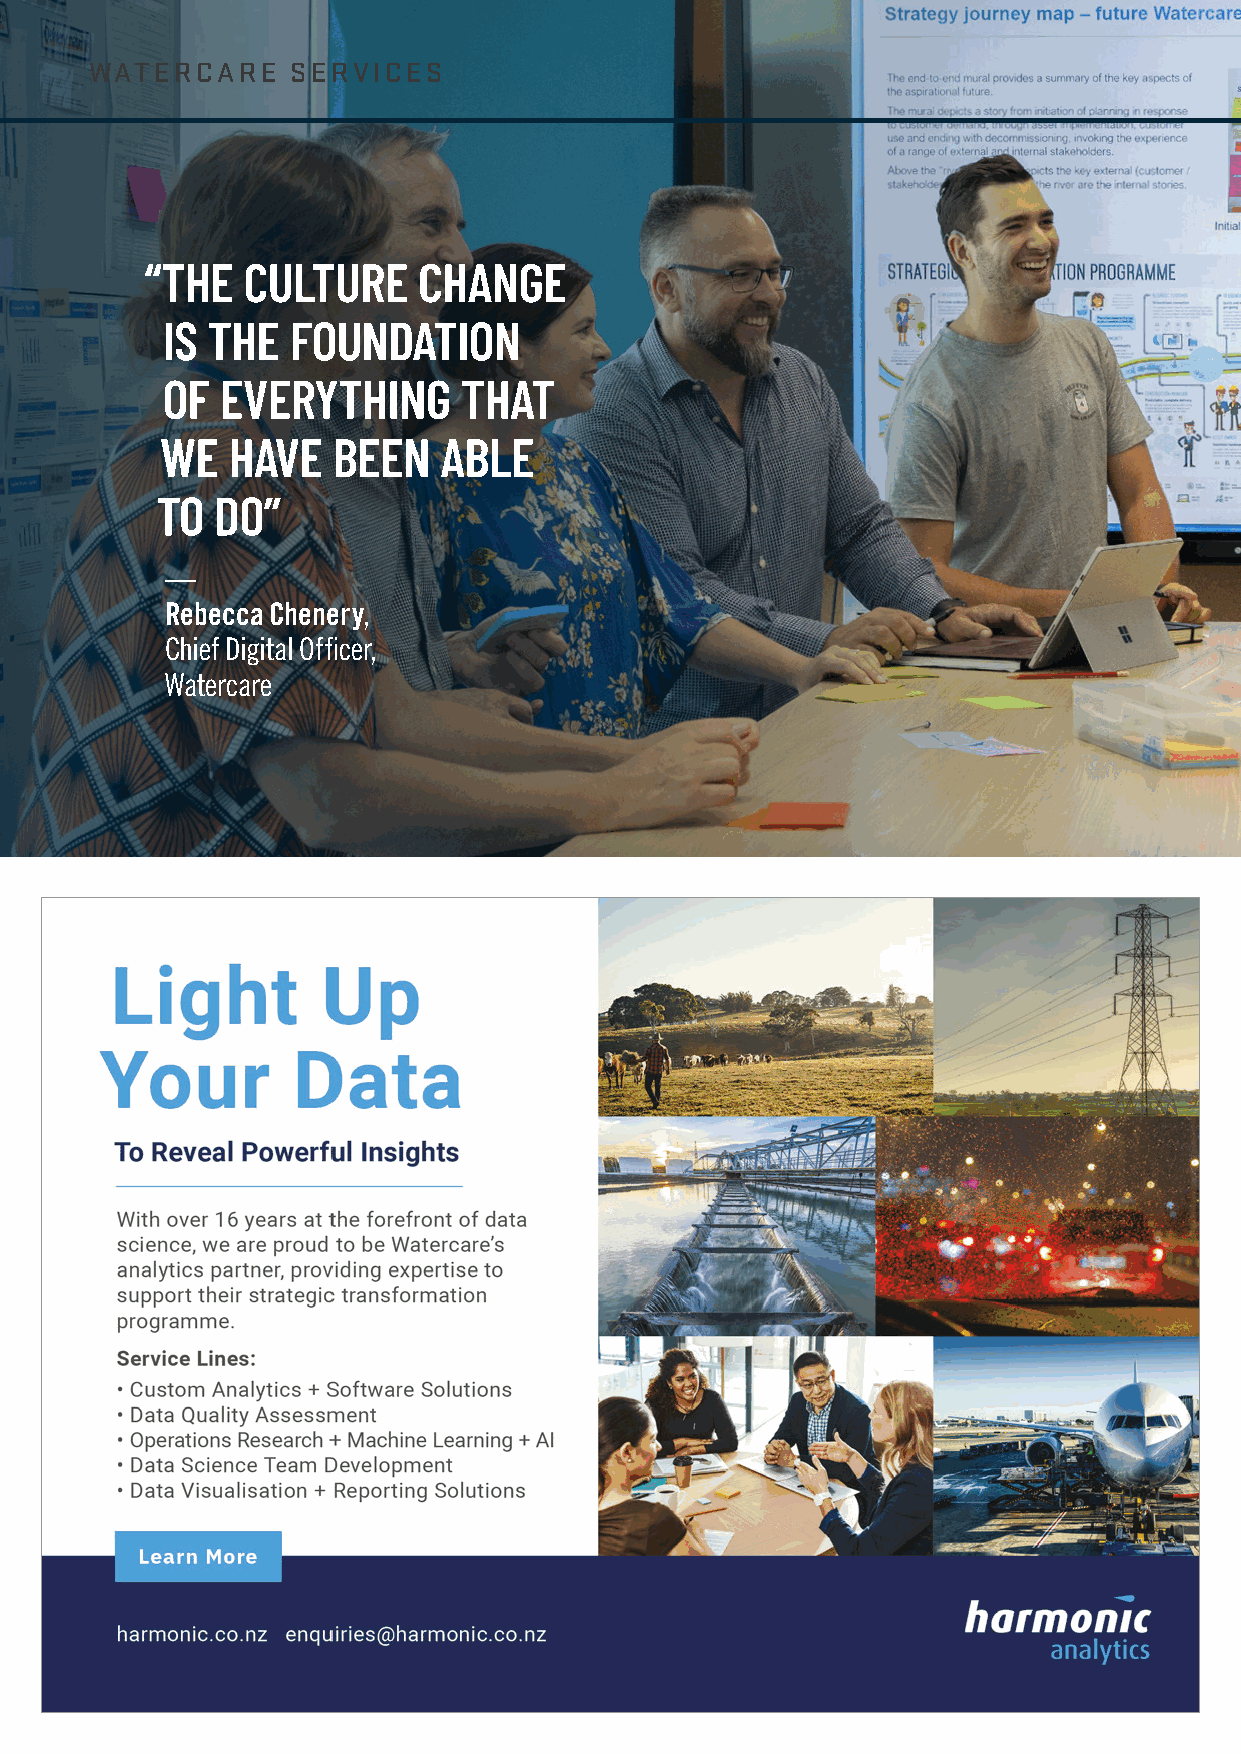
WATERCARE    SERVICES
 “ THE CULTURE     CHANGE
 IS THE  FOUNDATION
 OF  EVERYTHING     THAT
 WE  HAVE   BEEN   ABLE
 TO  DO”
 —
 Rebecca Chenery,
 Chief Digital Officer,
 Watercare